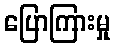
ပြောကြားမှု